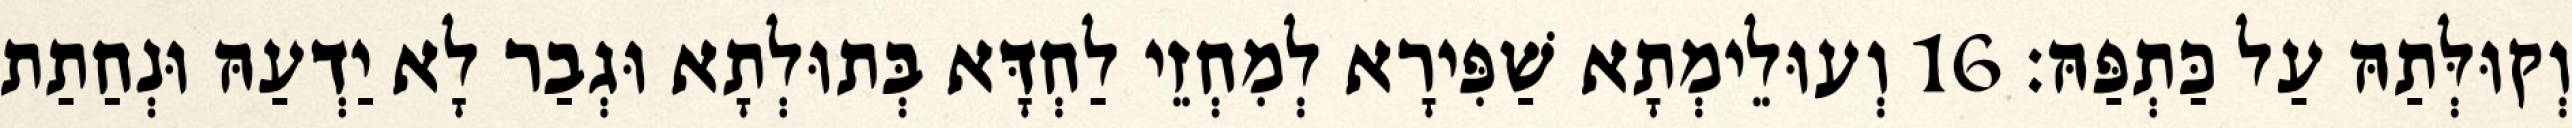
וְקוּלְּתַהּ עַל כַּתְפַּהּ׃ 16 וְעוּלֵימְתָא שַׁפִּירָא לְמִחְזֵי לַחְדָּא בְּתוּלְתָא וּגְבַר לָא יַדְעַהּ וּנְחַתַת